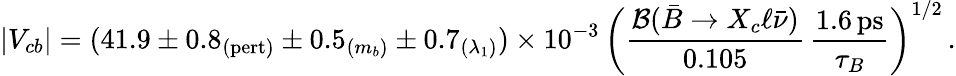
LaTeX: |V_{cb}|=(41.9\pm 0.8_{(\mathrm{pert)}}\pm 0.5_{(m_{b})}\pm 0.7_{(\lambda_{1})})\times 10^{-3}\, \bigg({\frac{{\cal B}(\bar{B}\to X_{c}\ell\bar{\nu})}{0.105}}\, {\frac{1.6\, \mathrm{ps}}{\tau_{B}}}\bigg)^{1/2}\, .